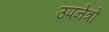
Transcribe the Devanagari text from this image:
उपनेत्रों